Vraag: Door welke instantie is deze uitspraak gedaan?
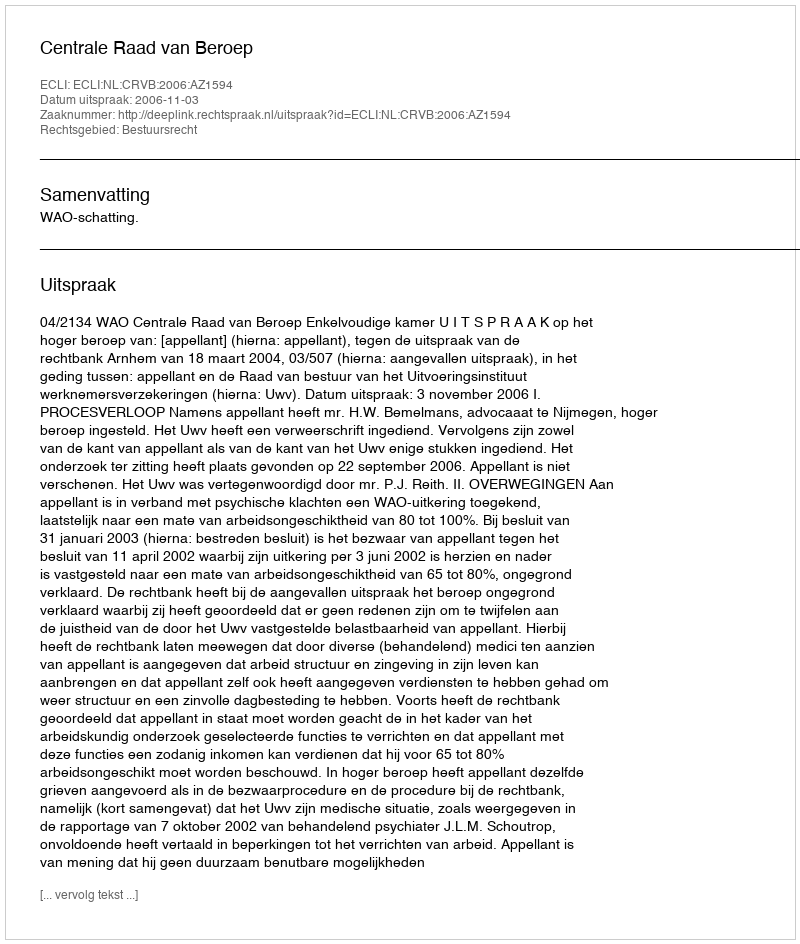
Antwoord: Centrale Raad van Beroep